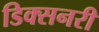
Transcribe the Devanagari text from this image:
डिक्सनरी